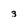
Character: 3